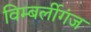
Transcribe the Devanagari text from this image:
विम्बर्लीगंज